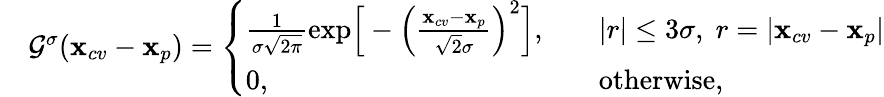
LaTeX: \begin{array}{rl}&{\mathcal{G}^{\sigma}(\mathbf{x}_{cv}-\mathbf{x}_{p})=\left\{ \begin{array}{ll}{\frac{1}{\sigma\sqrt{2\pi}}\mathrm{exp}\Big[-\Big(\frac{\mathbf{x}_{cv}-\mathbf{x}_{p}}{\sqrt{2}\sigma}\Big)^{2}\Big],}&{~~~~|r|\leq 3\sigma,\; r=|\mathbf{x}_{cv}-\mathbf{x}_{p}|}\\ {0,}&{~~~~\mathrm{otherwise,}}\end{array}\right.}\end{array}